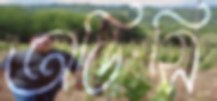
অডিসি